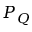
P _ { Q }